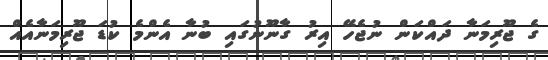
ގެ ޖޫރިމަނާ ދައްކަން ނުޖެހޭ އިރު ގާނޫނުގައި ބުނާ އެންމެ ކުޑަ ޖޫރިމަނާއެއް